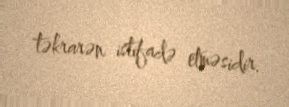
təkrarən istifadə etməsidir.